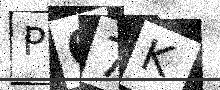
Text: P67K